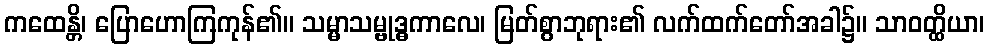
ကထေန္တိ၊ ပြောဟောကြကုန်၏။ သမ္မာသမ္ဗုဒ္ဓကာလေ၊ မြတ်စွာဘုရား၏ လက်ထက်တော်အခါ၌။ သာဝတ္ထိယာ၊